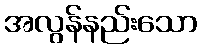
အလွန်နည်းသော